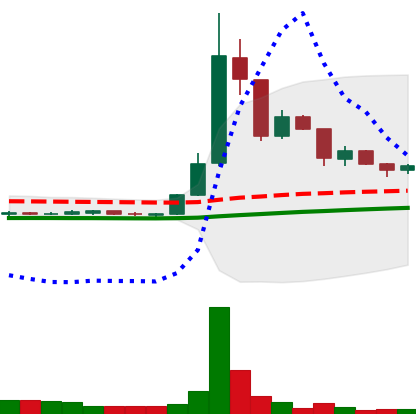
Ticker: DOGE-USD
Chart end date: 2020-07-17
Forward return: 7.318%
Label: up_7plus